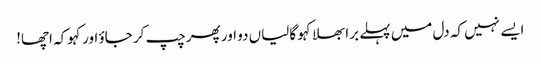
ایسے نہیں کہ دل میں پہلے برا بھلا کہو گالیاں دو اور پھر چپ کر جاؤ اور کہوکہ اچھا!